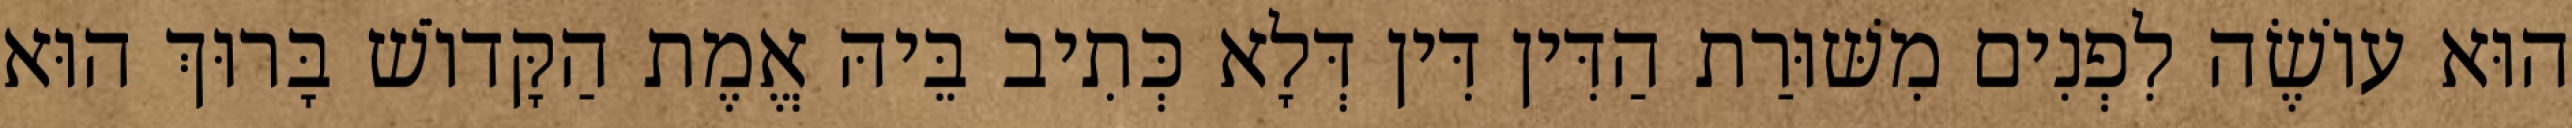
הוּא עוֹשֶׂה לִפְנִים מִשּׁוּרַת הַדִּין דִּין דְּלָא כְּתִיב בֵּיהּ אֱמֶת הַקָּדוֹשׁ בָּרוּךְ הוּא